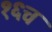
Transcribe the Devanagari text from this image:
१६च